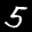
Label: 5